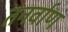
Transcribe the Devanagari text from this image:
तनर्वाण